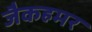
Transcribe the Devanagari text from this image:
जैकहमर